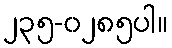
၂၃၅-၀၂၈၅ပါ။